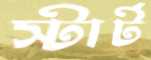
স্টার্ট